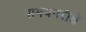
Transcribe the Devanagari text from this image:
समयपरीक्षे